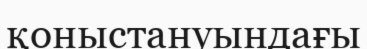
қоныстануындағы